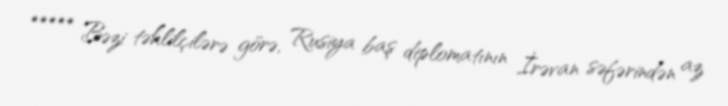
***** Bəzi təhlilçilərə görə, Rusiya baş diplomatının İrəvan səfərindən az